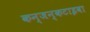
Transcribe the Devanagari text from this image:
कन्जन्कटाइवा